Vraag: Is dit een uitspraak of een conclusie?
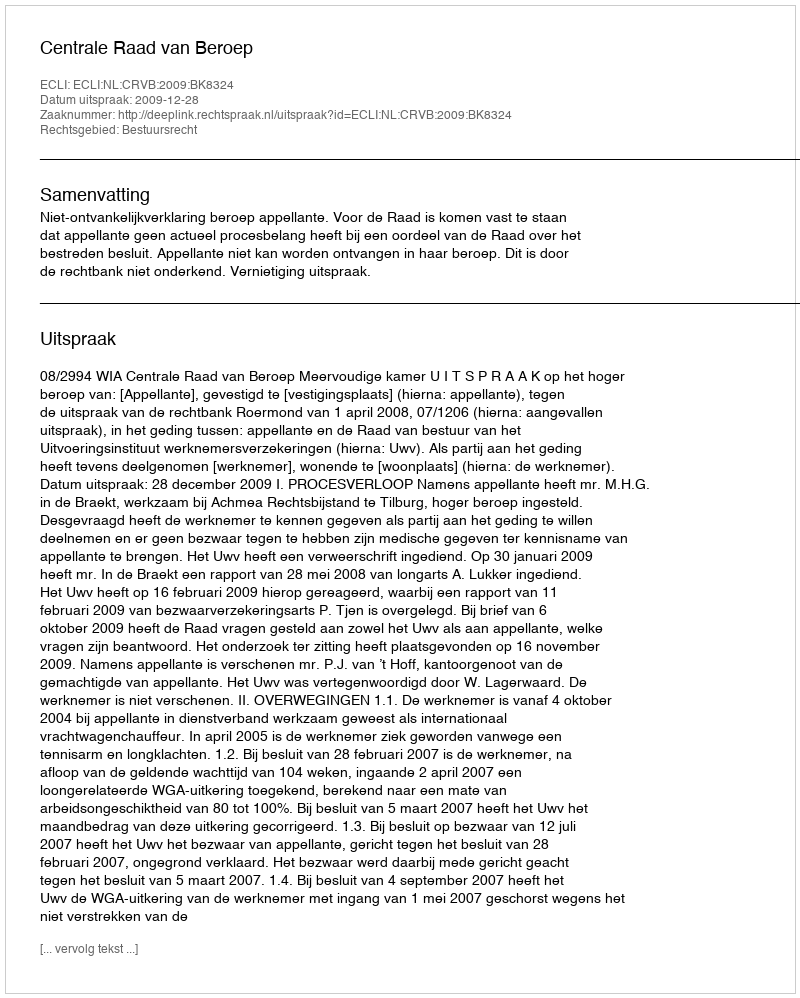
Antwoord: Uitspraak